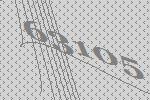
63105